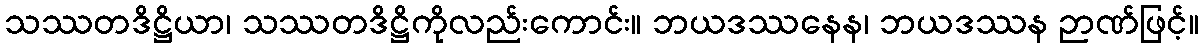
သဿတဒိဋ္ဌိယာ၊ သဿတဒိဋ္ဌိကိုလည်းကောင်း။ ဘယဒဿနေန၊ ဘယဒဿန ဉာဏ်ဖြင့်။